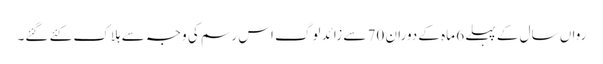
رواں سال کے پہلے 6 ماہ کے دوران 70 سے زائد لوگ اس رسم کی وجہ سے ہلاک کئے گئے۔